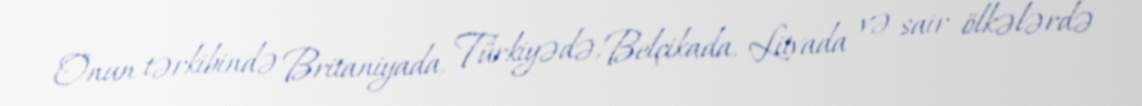
Onun tərkibində Britaniyada, Türkiyədə, Belçikada, Litvada və sair ölkələrdə